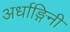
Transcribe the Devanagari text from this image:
अर्धाङ्गिनी